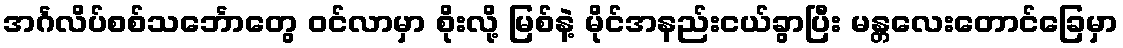
အင်္ဂလိပ်စစ်သင်္ဘောတွေ ဝင်လာမှာ စိုးလို့ မြစ်နဲ့ မိုင်အနည်းငယ်ခွာပြီး မန္တလေးတောင်ခြေမှာ